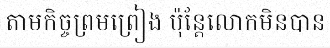
តាមកិច្ចព្រមព្រៀង ប៉ុន្តែលោកមិនបាន